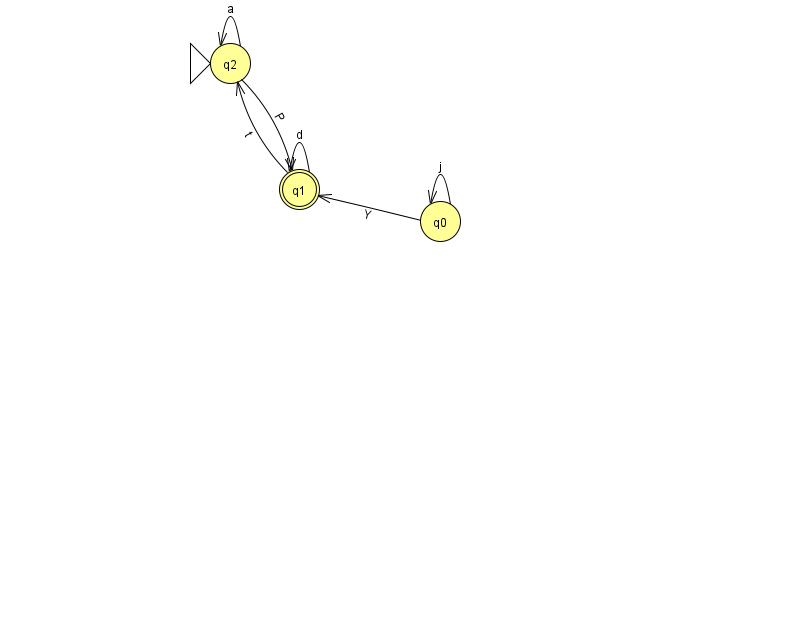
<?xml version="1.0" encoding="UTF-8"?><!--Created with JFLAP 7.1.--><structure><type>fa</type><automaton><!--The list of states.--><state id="0" name="q0"><x>440.0</x><y>208.0</y></state><state id="1" name="q1"><x>299.0</x><y>176.0</y><final/></state><state id="2" name="q2"><x>230.0</x><y>50.0</y><initial/></state><!--The list of transitions.--><transition><from>2</from><to>2</to><read>a</read></transition><transition><from>2</from><to>1</to><read>P</read></transition><transition><from>1</from><to>1</to><read>d</read></transition><transition><from>0</from><to>1</to><read>Y</read></transition><transition><from>1</from><to>2</to><read>t</read></transition><transition><from>0</from><to>0</to><read>j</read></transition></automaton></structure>